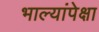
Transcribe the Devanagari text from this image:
भाल्यांपेक्षा